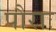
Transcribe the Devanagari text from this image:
पौराः